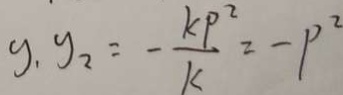
y _ { 1 } y _ { 2 } = - \frac { k P ^ { 2 } } { k } = - P ^ { 2 }